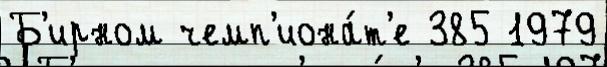
Б'ирном чемп'иона́т'е 385 1979